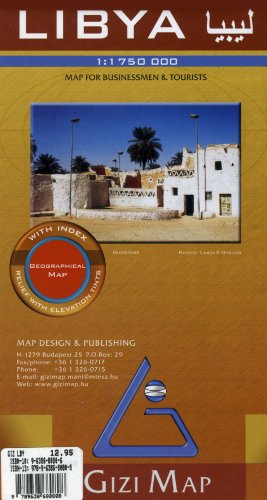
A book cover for Libya Map (English, Spanish, French, Italian and German Edition) (English and French Edition); Gizi Map; Travel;